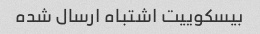
بیسکوییت اشتباه ارسال شده